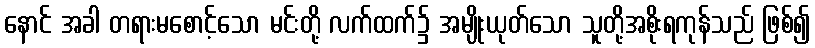
နောင် အခါ တရားမစောင့်သော မင်းတို့ လက်ထက်၌ အမျိုးယုတ်သော သူတို့အစိုးရကုန်သည် ဖြစ်၍